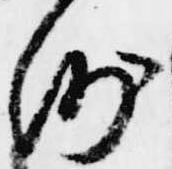
例